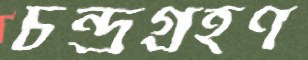
চন্দ্রগ্রহণ